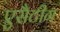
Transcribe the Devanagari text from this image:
एसैटीग